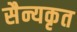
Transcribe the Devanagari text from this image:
सैन्यकृत